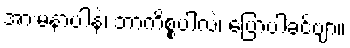
အားမနာပါနဲ့၊ ဘာကိစ္စပါလဲ၊ ပြောပါခင်ဗျာ။